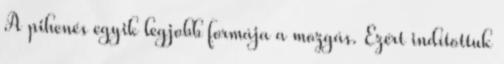
A pihenés egyik legjobb formája a mozgás. Ezért indítottuk